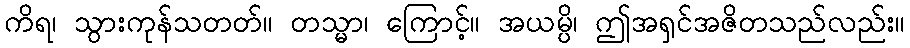
ကိရ၊ သွားကုန်သတတ်။ တသ္မာ၊ ကြောင့်။ အယမ္ပိ၊ ဤအရှင်အဇိတသည်လည်း။